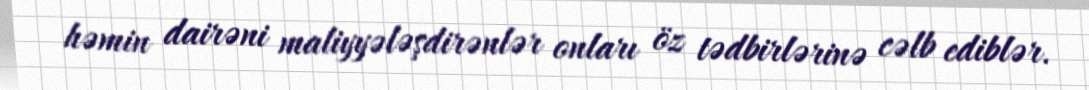
həmin dairəni maliyyələşdirənlər onları öz tədbirlərinə cəlb ediblər.